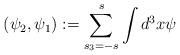
LaTeX: \begin{align*}(\psi _{2},\psi _{1}):=\sum_{s_{3}=-s}^{s}\int d^{3}x\psi\end{align*}